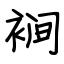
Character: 裥